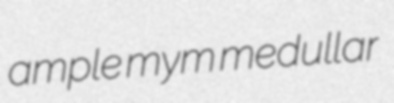
ample mym medullar